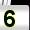
Digit: 5